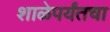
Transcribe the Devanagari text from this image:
शाळेपर्यंतचा